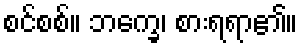
စင်စစ်။ ဘက္ခေ၊ စားရရာ၏။